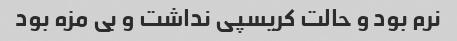
نرم بود و حالت کریسپی نداشت و بی مزه بود